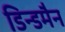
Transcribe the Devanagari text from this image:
डिन्डमैन